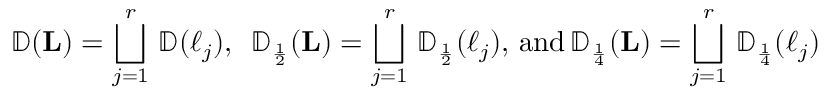
{ \mathbb { D } } ( \mathbf L ) = \bigsqcup _ { j = 1 } ^ { r } \, { \mathbb { D } } ( \ell _ { j } ) , \, \, \, { \mathbb { D } } _ { \scriptscriptstyle { \frac { 1 } { 2 } } } ( \mathbf L ) = \bigsqcup _ { j = 1 } ^ { r } \, { \mathbb { D } } _ { \scriptscriptstyle { \frac { 1 } { 2 } } } ( \ell _ { j } ) , \, \mathrm { a n d } \, { \mathbb { D } } _ { \scriptscriptstyle { \frac { 1 } { 4 } } } ( \mathbf L ) = \bigsqcup _ { j = 1 } ^ { r } \, { \mathbb { D } } _ { \scriptscriptstyle { \frac { 1 } { 4 } } } ( \ell _ { j } )